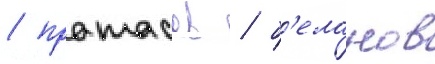
/ протасов / б'еланов